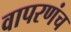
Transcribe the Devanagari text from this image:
वापरणंच